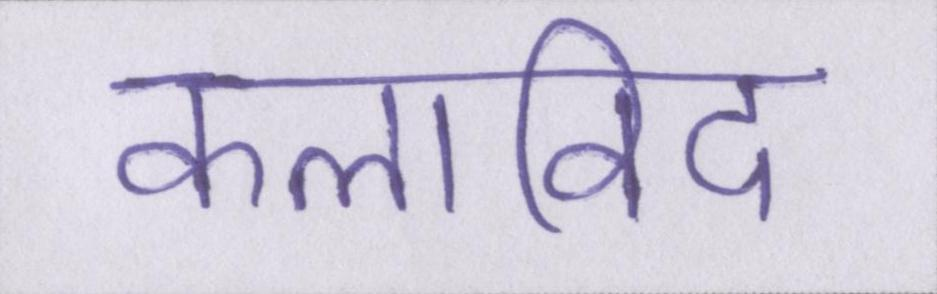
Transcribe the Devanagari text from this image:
कलाविद